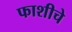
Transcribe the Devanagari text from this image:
फाशीचे